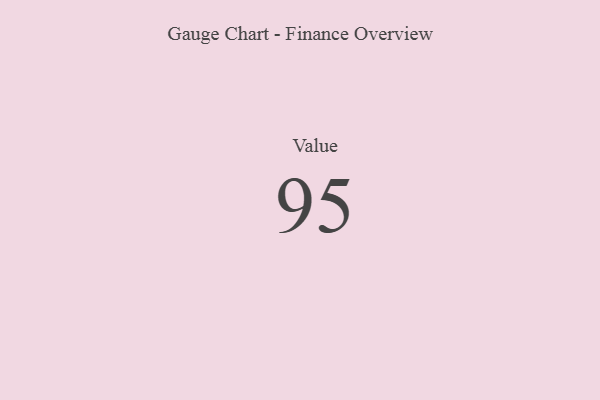
{"axis": {"x": "Metric", "y": "Value"}, "legend": [""], "data": [{"x": "Value", "y": 95, "type": ""}]}